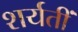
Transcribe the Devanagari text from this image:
शर्यतीं